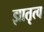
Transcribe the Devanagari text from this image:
ज्ञातृत्व